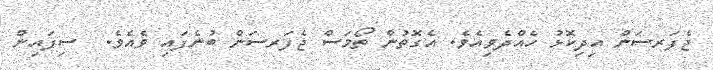
ޖެފަރސަން އިދިކޮޅު ހެއްދެވިއެވެ. އެގޮތުން ތޯމަސް ޖެފަރސަން ބުނެފައި ވެއެވެ.  ސިފައިން